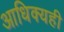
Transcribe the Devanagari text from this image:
आधिक्यही